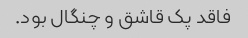
فاقد پک قاشق و چنگال بود.